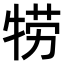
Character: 𤙯